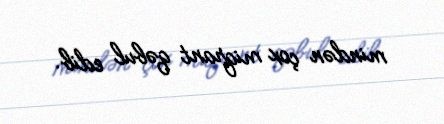
mindən çox miqrant qəbul edib.